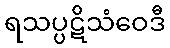
ရသပ္ပဋိသံဝေဒီ